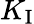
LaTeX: K_{\mathrm{I}}